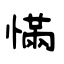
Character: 慲